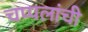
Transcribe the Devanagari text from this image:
चप्पलांची